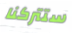
ستتركنا